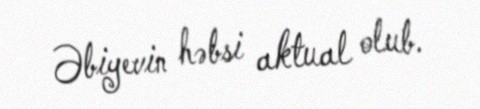
Əbiyevin həbsi aktual olub.